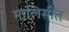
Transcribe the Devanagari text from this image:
मालिसीत